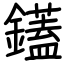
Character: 鑉